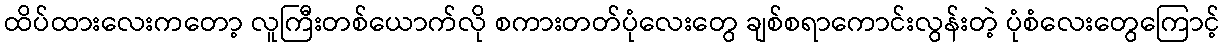
ထိပ်ထားလေးကတော့ လူကြီးတစ်ယောက်လို စကားတတ်ပုံလေးတွေ ချစ်စရာကောင်းလွန်းတဲ့ ပုံစံလေးတွေကြောင့်